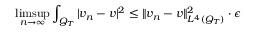
\operatorname* { l i m s u p } _ { n \rightarrow \infty } \int _ { Q _ { T } } | v _ { n } - v | ^ { 2 } \leq \lVert v _ { n } - v \rVert _ { L ^ { 4 } ( Q _ { T } ) } ^ { 2 } \cdot \epsilon